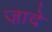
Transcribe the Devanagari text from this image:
ज़ादे